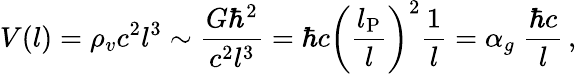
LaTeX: V(l)=\rho_{v}c^{2}l^{3}\sim\frac{G\hbar^{2}}{c^{2}l^{3}}=\hbar c\left(\frac{l_{\mathrm{P}}}{l}\right)^{2}\frac{1}{l}=\alpha_{g}\; \frac{\hbar c}{l}\, ,